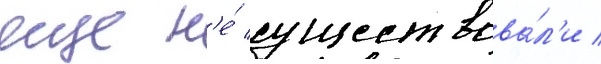
еще н'е́ существова́л'и /